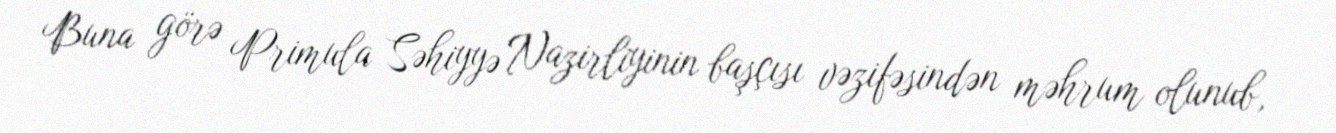
Buna görə Primula Səhiyyə Nazirliyinin başçısı vəzifəsindən məhrum olunub,